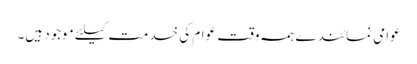
عوامی نمائندے ہمہ وقت عوام کی خدمت کیلئے موجود ہیں۔